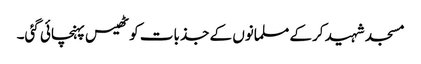
مسجد شہید کرکے مسلمانوں کے جذبات کو ٹھیس پہنچائی گئی۔